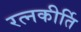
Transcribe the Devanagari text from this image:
रत्‍नकीर्ति